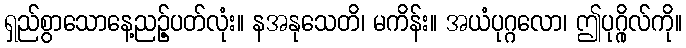
ရှည်စွာသောနေ့ညဉ့်ပတ်လုံး။ နအနုသေတိ၊ မကိန်း။ အယံပုဂ္ဂလော၊ ဤပုဂ္ဂိုလ်ကို။